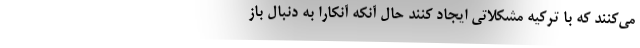
می‌کنند که با ترکیه مشکلاتی ایجاد کنند حال آنکه آنکارا به دنبال باز